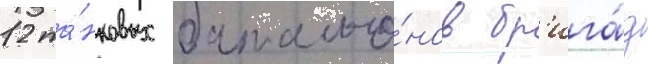
12 та́нковых батальо́нов бр'ига́д